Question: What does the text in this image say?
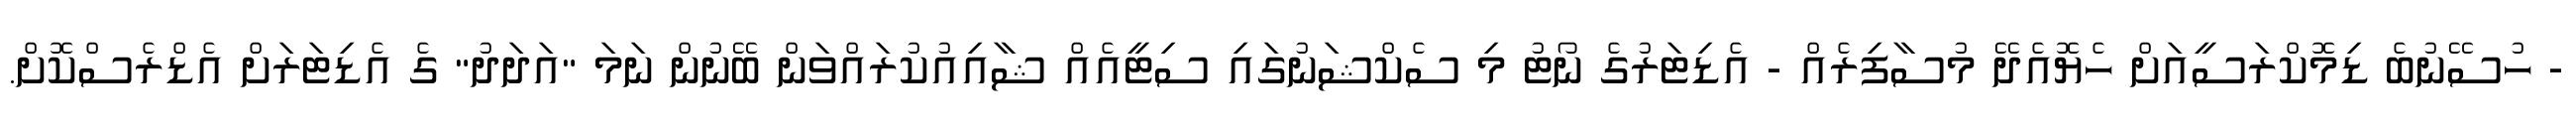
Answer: - ހުސޭނުބެ ޑިމޮކްރަސީއަށް ހެޔޮއެދޭ މުސާފިރެއް - އެޑިޓަރުގެ ނޯޓު މި ސެކްޝަނުގައި ސިޓީއެއް ޝާއިއުކުރައްވަން ބޭނުން ނަމަ "އަދަދު" ގެ އެޑިޓަރަށް އެޑްރެސްކޮށް.